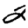
Digit: 2